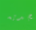
بجديه